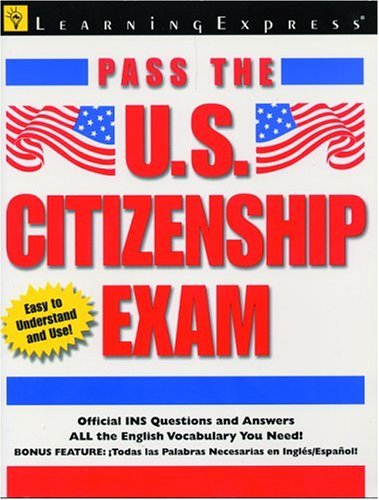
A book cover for Pass U.S. Citizenship Exam; Learning Express Editors; Test Preparation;